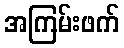
အကြမ်းဖက်